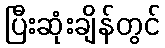
ပြီးဆုံးချိန်တွင်